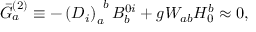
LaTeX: \bar { G } _ { a } ^ { ( 2 ) } \equiv - \left( D _ { i } \right) _ { a } ^ { \; \; b } B _ { b } ^ { 0 i } + g W _ { a b } H _ { 0 } ^ { b } \approx 0 ,